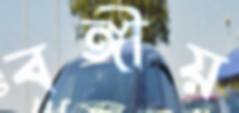
বঙ্গীয়